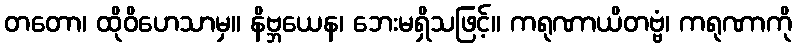
တတော၊ ထိုဝိဟေသာမှ။ နိဗ္ဘယေန၊ ဘေးမရှိသဖြင့်။ ကရုဏာယိတဗ္ဗံ၊ ကရုဏာကို